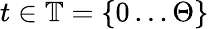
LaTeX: t\in\mathbb{T}=\left\{ 0\ldots\Theta\right\}